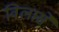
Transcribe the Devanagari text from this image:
विलासे